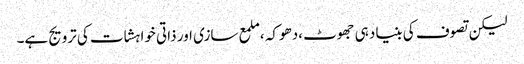
لیکن تصوف کی بنیاد ہی جھوٹ ،دھوکہ ،ملمع سازی اور ذاتی خواہشات کی ترویج ہے۔